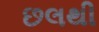
છલથી